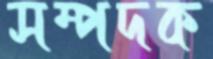
সম্পদক